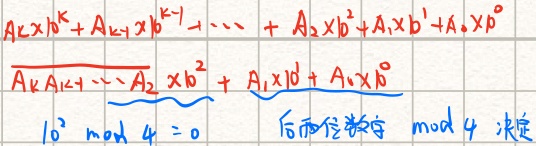
\[
\begin{align*}
&A_{k}x10^{k}+A_{k - 1}x10^{k - 1}+\cdots+A_{2}x10^{2}+A_{1}x10^{1}+A_{0}x10^{0}\\
&\underbrace{A_{k}A_{k - 1}\cdots A_{2}x10^{2}}+ \underbrace{A_{1}x10^{1}+A_{0}x10^{0}}
\end{align*}
\]
\[10^{2} \bmod 4 = 0\]
后面两位数 \(\bmod 4\) 决定